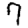
Digit: 7